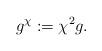
LaTeX: \begin{align*}g^{\chi} := {\chi^2} g.\end{align*}